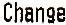
CHANGE